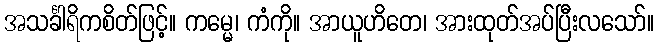
အသင်္ခါရိကစိတ်ဖြင့်။ ကမ္မေ၊ ကံကို။ အာယူဟိတေ၊ အားထုတ်အပ်ပြီးလသော်။